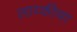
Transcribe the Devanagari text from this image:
लाय्कीचा